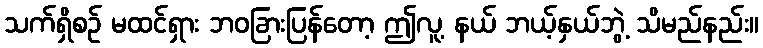
သက်ရှိစဉ် မထင်ရှား ဘဝခြားပြန်တော့ ဤလူ့ နယ် ဘယ့်နှယ်ဘွဲ့ သိမည်နည်း။